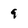
Character: 9